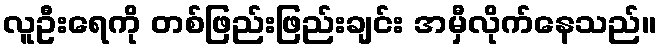
လူဦးရေကို တစ်ဖြည်းဖြည်းချင်း အမှီလိုက်နေသည်။